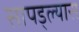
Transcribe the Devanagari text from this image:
सापड्ल्यास